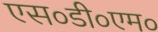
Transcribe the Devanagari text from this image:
एस०डी०एम०